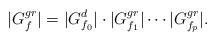
LaTeX: \begin{align*}|G_f^{gr}| = |G_{f_0}^d|\cdot |G_{f_1}^{gr}| \cdots |G_{f_p}^{gr}|.\end{align*}